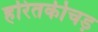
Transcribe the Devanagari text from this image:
हरितकीचड़